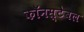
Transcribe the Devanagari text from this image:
कॉनस्टेबल